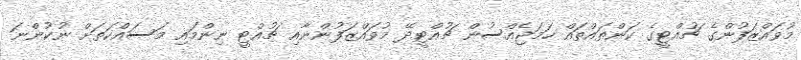
މުވައްޒަފުންގެ ޗުއްޓީގެ ކަންތައްތައް ހަމަޖެއްސުން ޗުއްޓީދޭ މުވައްޒަފުންނާއި ޗުއްޓީ ނިންމައި މަސައްކަތަށް ނުކުންނަ